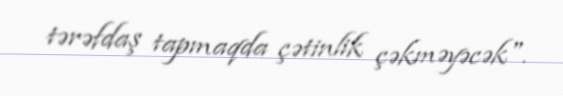
tərəfdaş tapmaqda çətinlik çəkməyəcək".